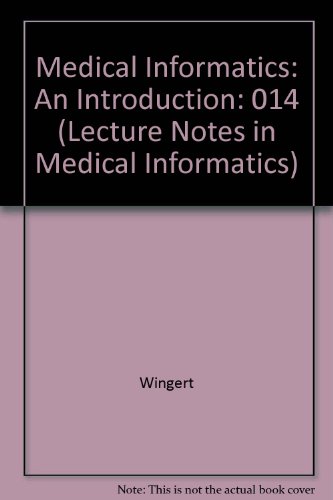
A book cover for Medical Informatics: An Introduction (Lecture Notes in Medical Informatics); Wingert; Medical Books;